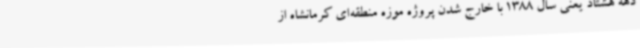
دهه هشتاد یعنی سال 1388 با خارج شدن پروژه موزه منطقه‌ای کرمانشاه از